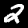
Label: 2